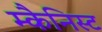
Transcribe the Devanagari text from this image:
म्कैनिस्ट